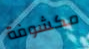
مكشوفة